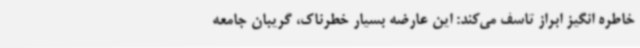
خاطره انگیز ابراز تاسف می‌کند: این عارضه بسیار خطرناک، گریبان جامعه